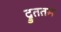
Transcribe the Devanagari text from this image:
द्रुततम